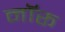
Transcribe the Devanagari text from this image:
नॉरू